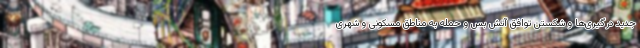
جدید درگیری‌ها و شکستن توافق آتش بس و حمله به مناطق مسکونی و شهری